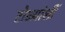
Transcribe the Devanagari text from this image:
टोळ्यांशीं